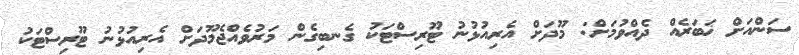
ސަންއަށް ޚަބަރެއް ދެއްވުމަށް: މޫދަށް އެރިއުޅުނު ޓޫރިސްޓަކު ގެނބިގެން މަރުވެއްޖެމޫދަށް އެރިއުޅުނު ޓޫރިސްޓަކު